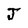
Character: J